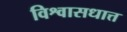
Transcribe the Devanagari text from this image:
विश्वासधात्त